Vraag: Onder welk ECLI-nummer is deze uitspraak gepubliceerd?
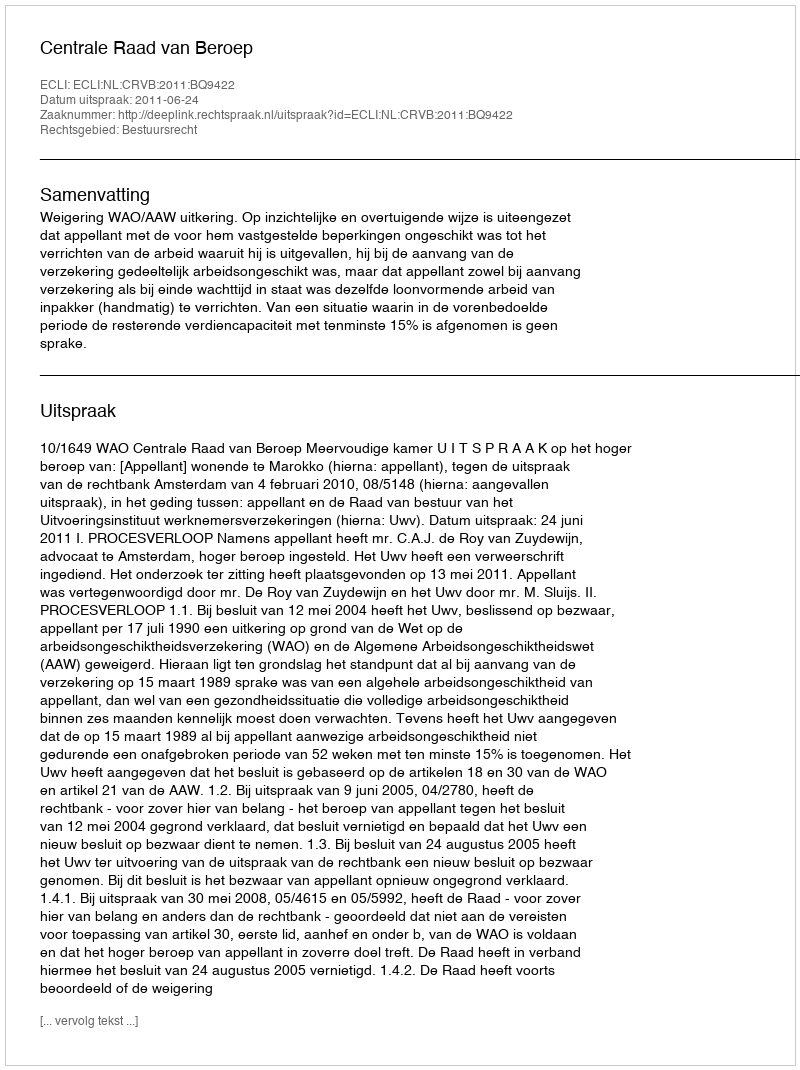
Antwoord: ECLI:NL:CRVB:2011:BQ9422